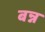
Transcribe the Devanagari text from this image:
बन्न